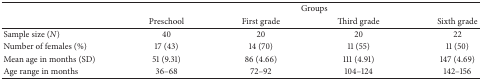
| <ROWSPAN=2>  | <COLSPAN=4> Groups |
 | Preschool | First grade | Third grade | Sixth grade |
 | --- | --- | --- | --- | --- |
 | Sample size (N) | 40 | 20 | 20 | 22 |
 | Number of females (%) | 17 (43) | 14 (70) | 11 (55) | 11 (50) |
 | Mean age in months (SD) | 51 (9.31) | 86 (4.66) | 111 (4.91) | 147 (4.69) |
 | Age range in months | 36–68 | 72–92 | 104–124 | 142–156 |